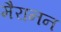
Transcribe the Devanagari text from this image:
मैरानन